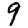
Digit: 9